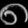
Digit: ၈